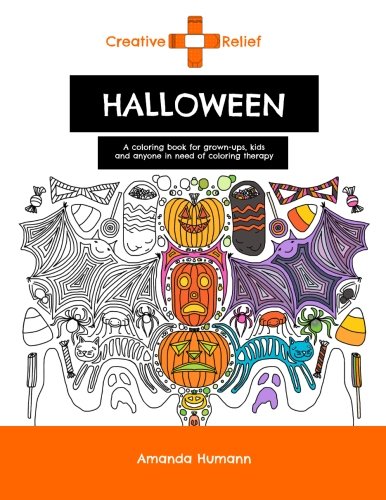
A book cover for Creative Relief Halloween: A Coloring Book for Grown-ups, Kids and Anyone in Need of Coloring Therapy (Creative Relief Coloring Books); Amanda Humann; Crafts, Hobbies & Home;